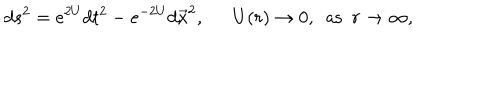
LaTeX: d s ^ { 2 } = e ^ { 2 U } d t ^ { 2 } - e ^ { - 2 U } d \vec { x } ^ { 2 } , \ \ U ( r ) \to 0 , \ \ \mathrm { a s } \ \ r \to \infty ,